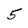
Character: 5